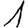
Digit: 1